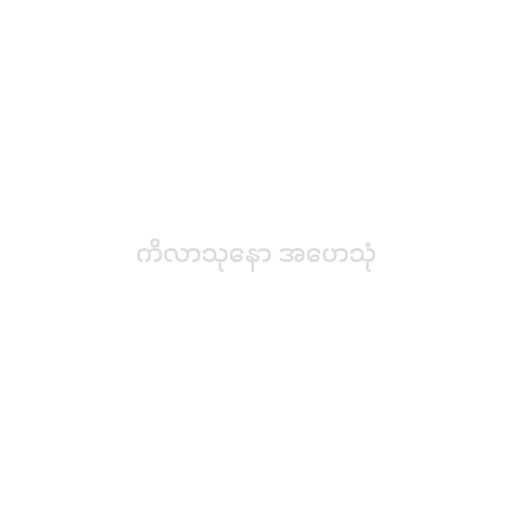
ကိလာသုနော အဟေသုံ